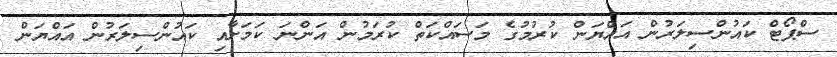
ސްޕޯޓް ކައުންސިލަރުން އައްޔަން ކުރުމުގެ މަސައްކަތް ކުރަމުން އަންނަ ކަމަށާއި ކައުންސިލަރުން އައްޔަން